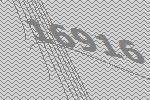
16916